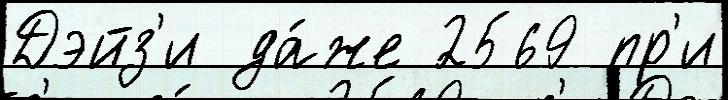
Дэйз'и да́же 2569 пр'и